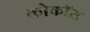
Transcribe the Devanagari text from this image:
कोकॉस